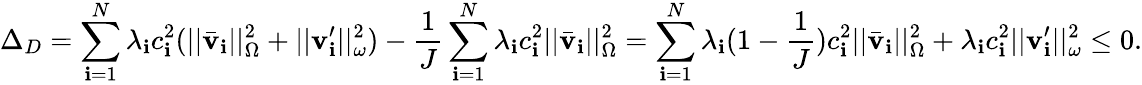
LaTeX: \Delta_{D}=\sum_{\mathbf{i}=1}^{N}\lambda_{\mathbf{i}}c_{\mathbf{i}}^{2}(||\bar{{\mathbf{{v}}}}_{\mathbf{i}}||_{\Omega}^{2}+||\mathbf{{v}}_{\mathbf{i}}^{\prime}||_{\omega}^{2})-\frac{{1}}{{J}}\sum_{\mathbf{i}=1}^{N}\lambda_{\mathbf{i}}c_{\mathbf{i}}^{2}||\bar{{\mathbf{{v}}}}_{\mathbf{i}}||_{\Omega}^{2}=\sum_{\mathbf{i}=1}^{N}\lambda_{\mathbf{i}}(1-\frac{{1}}{{J}})c_{\mathbf{i}}^{2}||\bar{{\mathbf{{v}}}}_{\mathbf{i}}||_{\Omega}^{2}+\lambda_{\mathbf{i}}c_{\mathbf{i}}^{2}||\mathbf{{v}}_{\mathbf{i}}^{\prime}||_{\omega}^{2}\leq0.